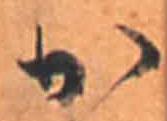
か